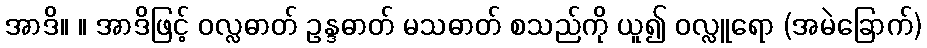
အာဒိ။ ။ အာဒိဖြင့် ဝလ္လဓာတ် ဥန္ဒဓာတ် မသဓာတ် စသည်ကို ယူ၍ ဝလ္လူရော (အမဲခြောက်)